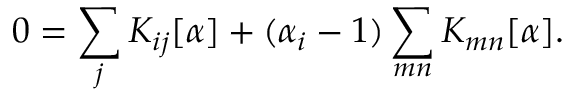
0 = \sum _ { j } K _ { i j } [ \alpha ] + ( \alpha _ { i } - 1 ) \sum _ { m n } K _ { m n } [ \alpha ] .